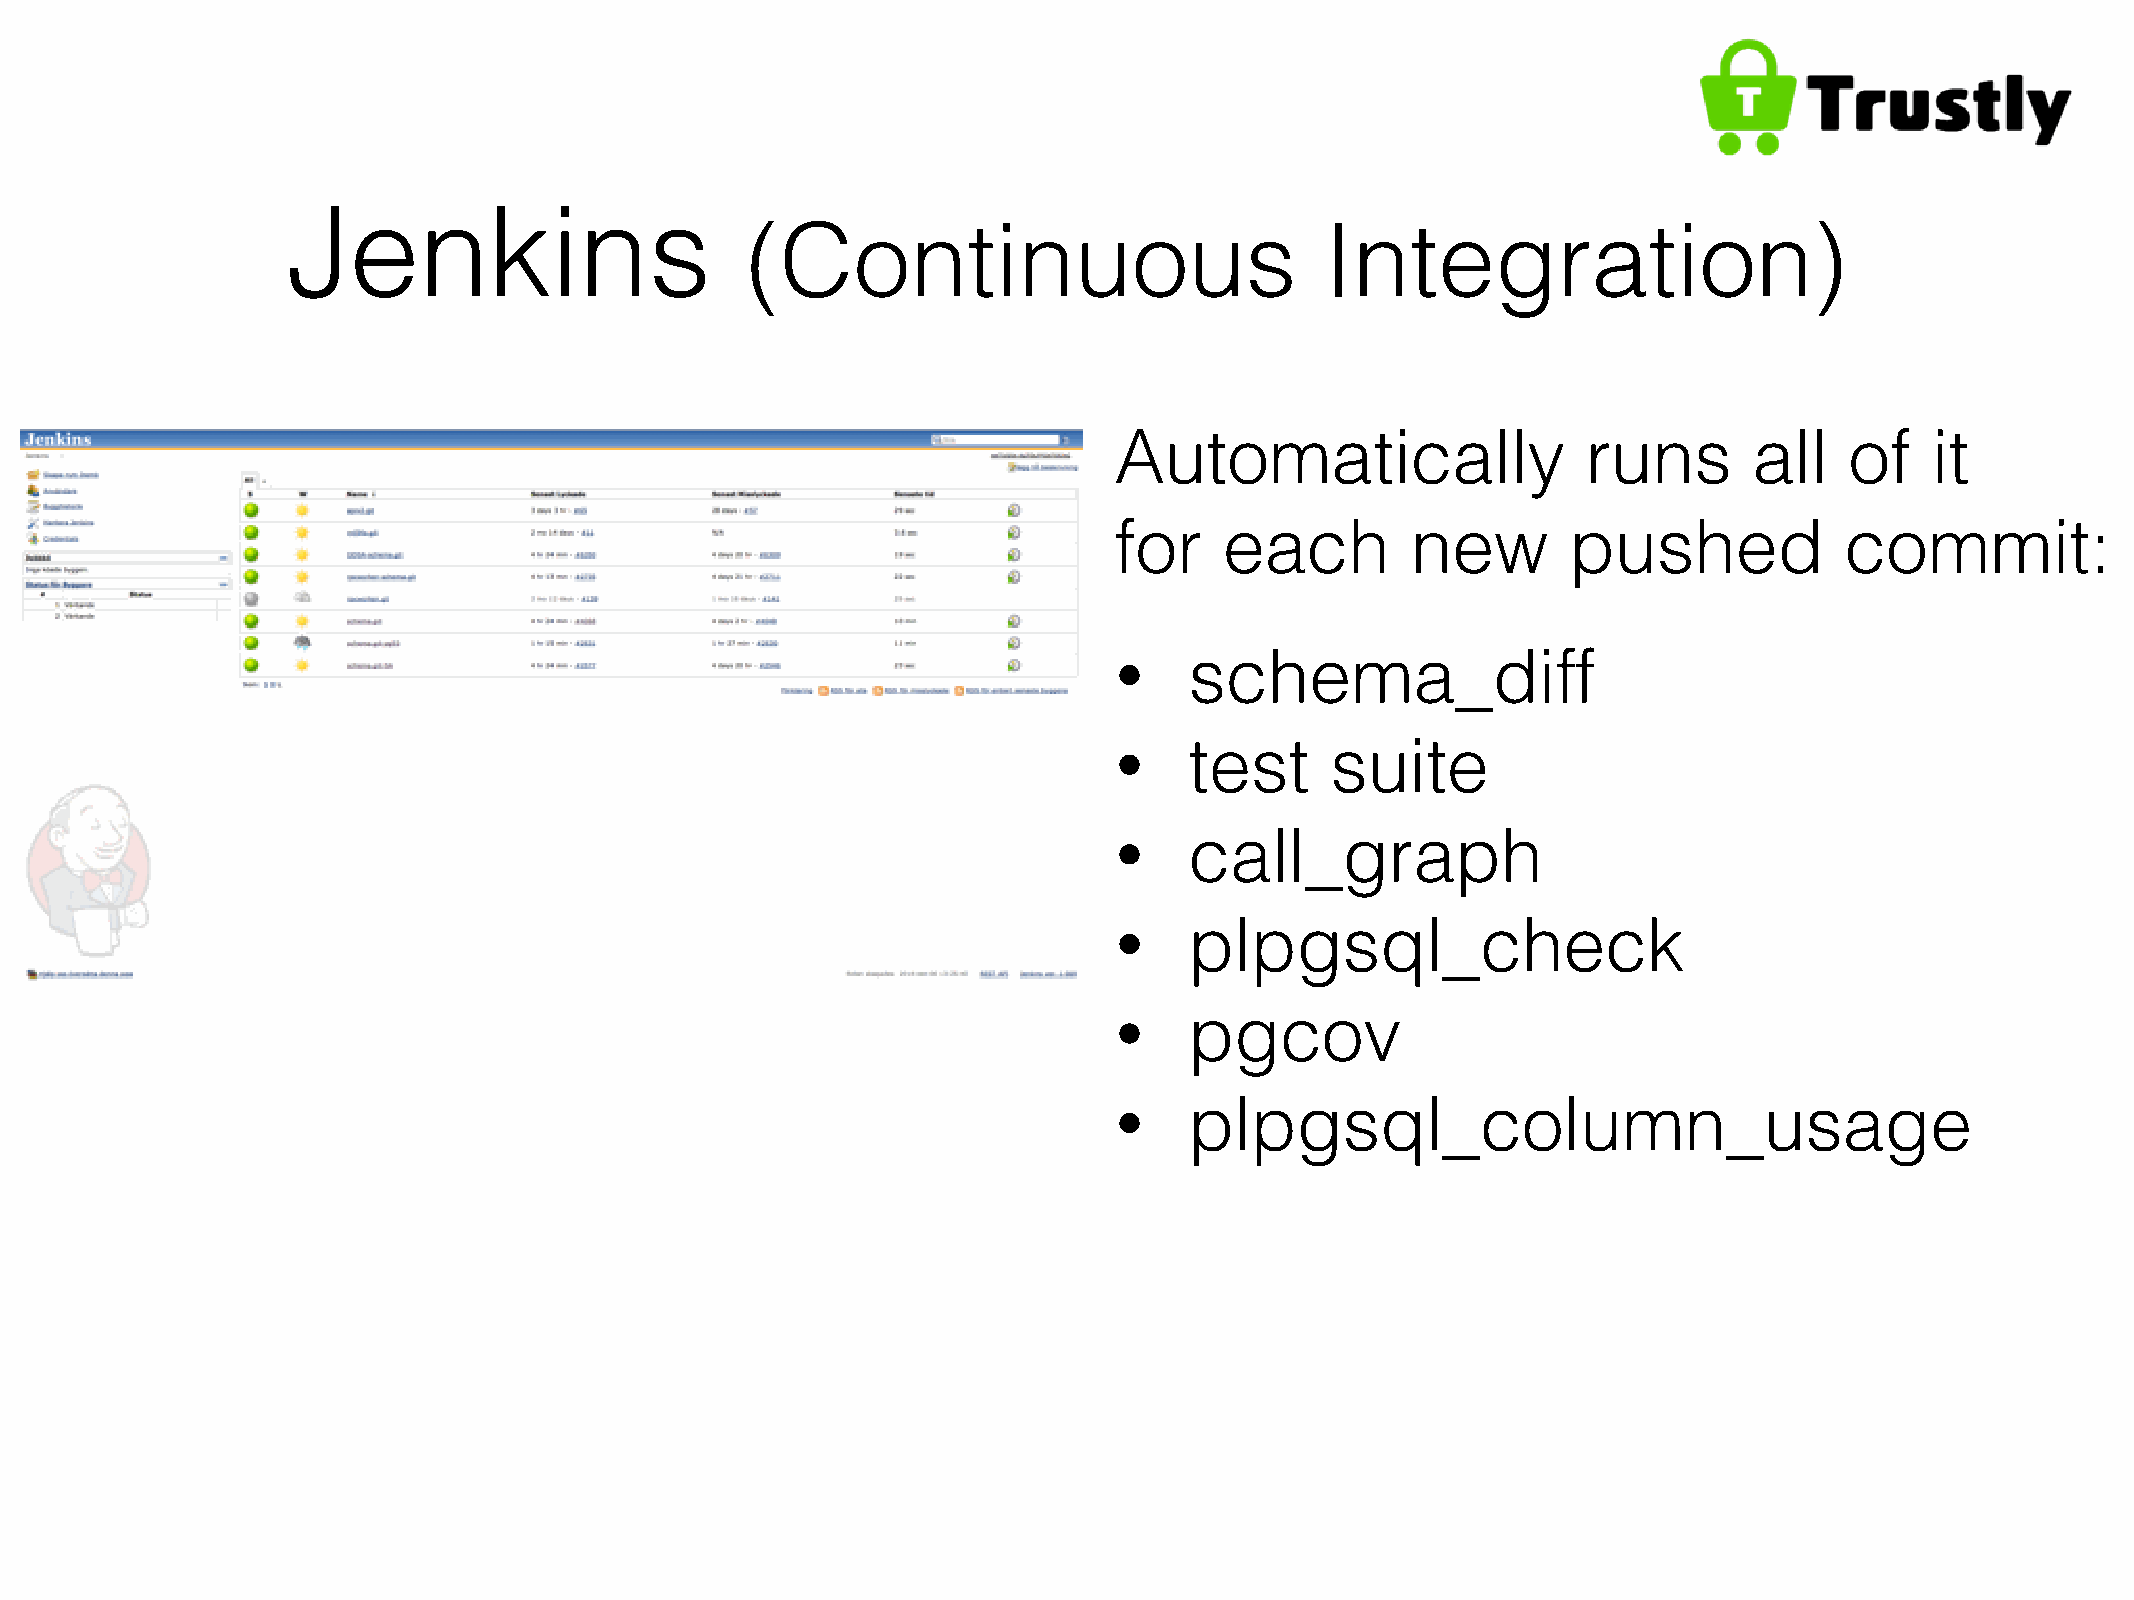
Jenkins
 (Continuous                            Integration)
 Automatically                  runs       all   of    it
 for    each        new        pushed            commit:
 schema_diff
 •
 test     suite
 •
 call_graph
 •
 plpgsql_check
 •
 pgcov
 •
 plpgsql_column_usage
 •